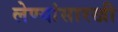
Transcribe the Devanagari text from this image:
लेण्यांसारखी